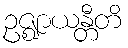
ဥဇ္ဈာယန္တီတိ